Scottish Certificate of Education, 1962
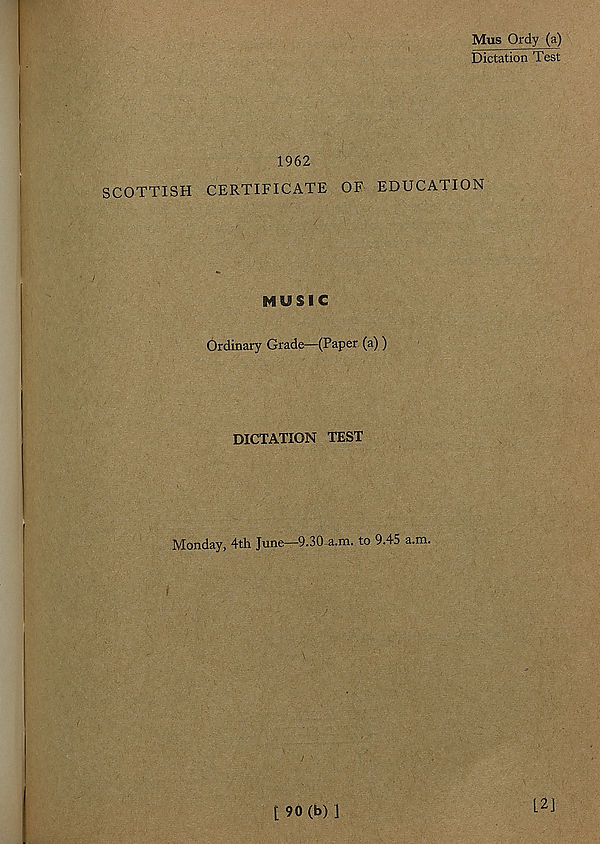
Mus Ordy (a)
Dictation Test
1962
SCOTTISH CERTIFICATE OF EDUCATION
MUSIC
Ordinary Grade—(Paper (a) )
DICTATION TEST
Monday, 4th June—9.30 a.m. to 9.45 a.m.